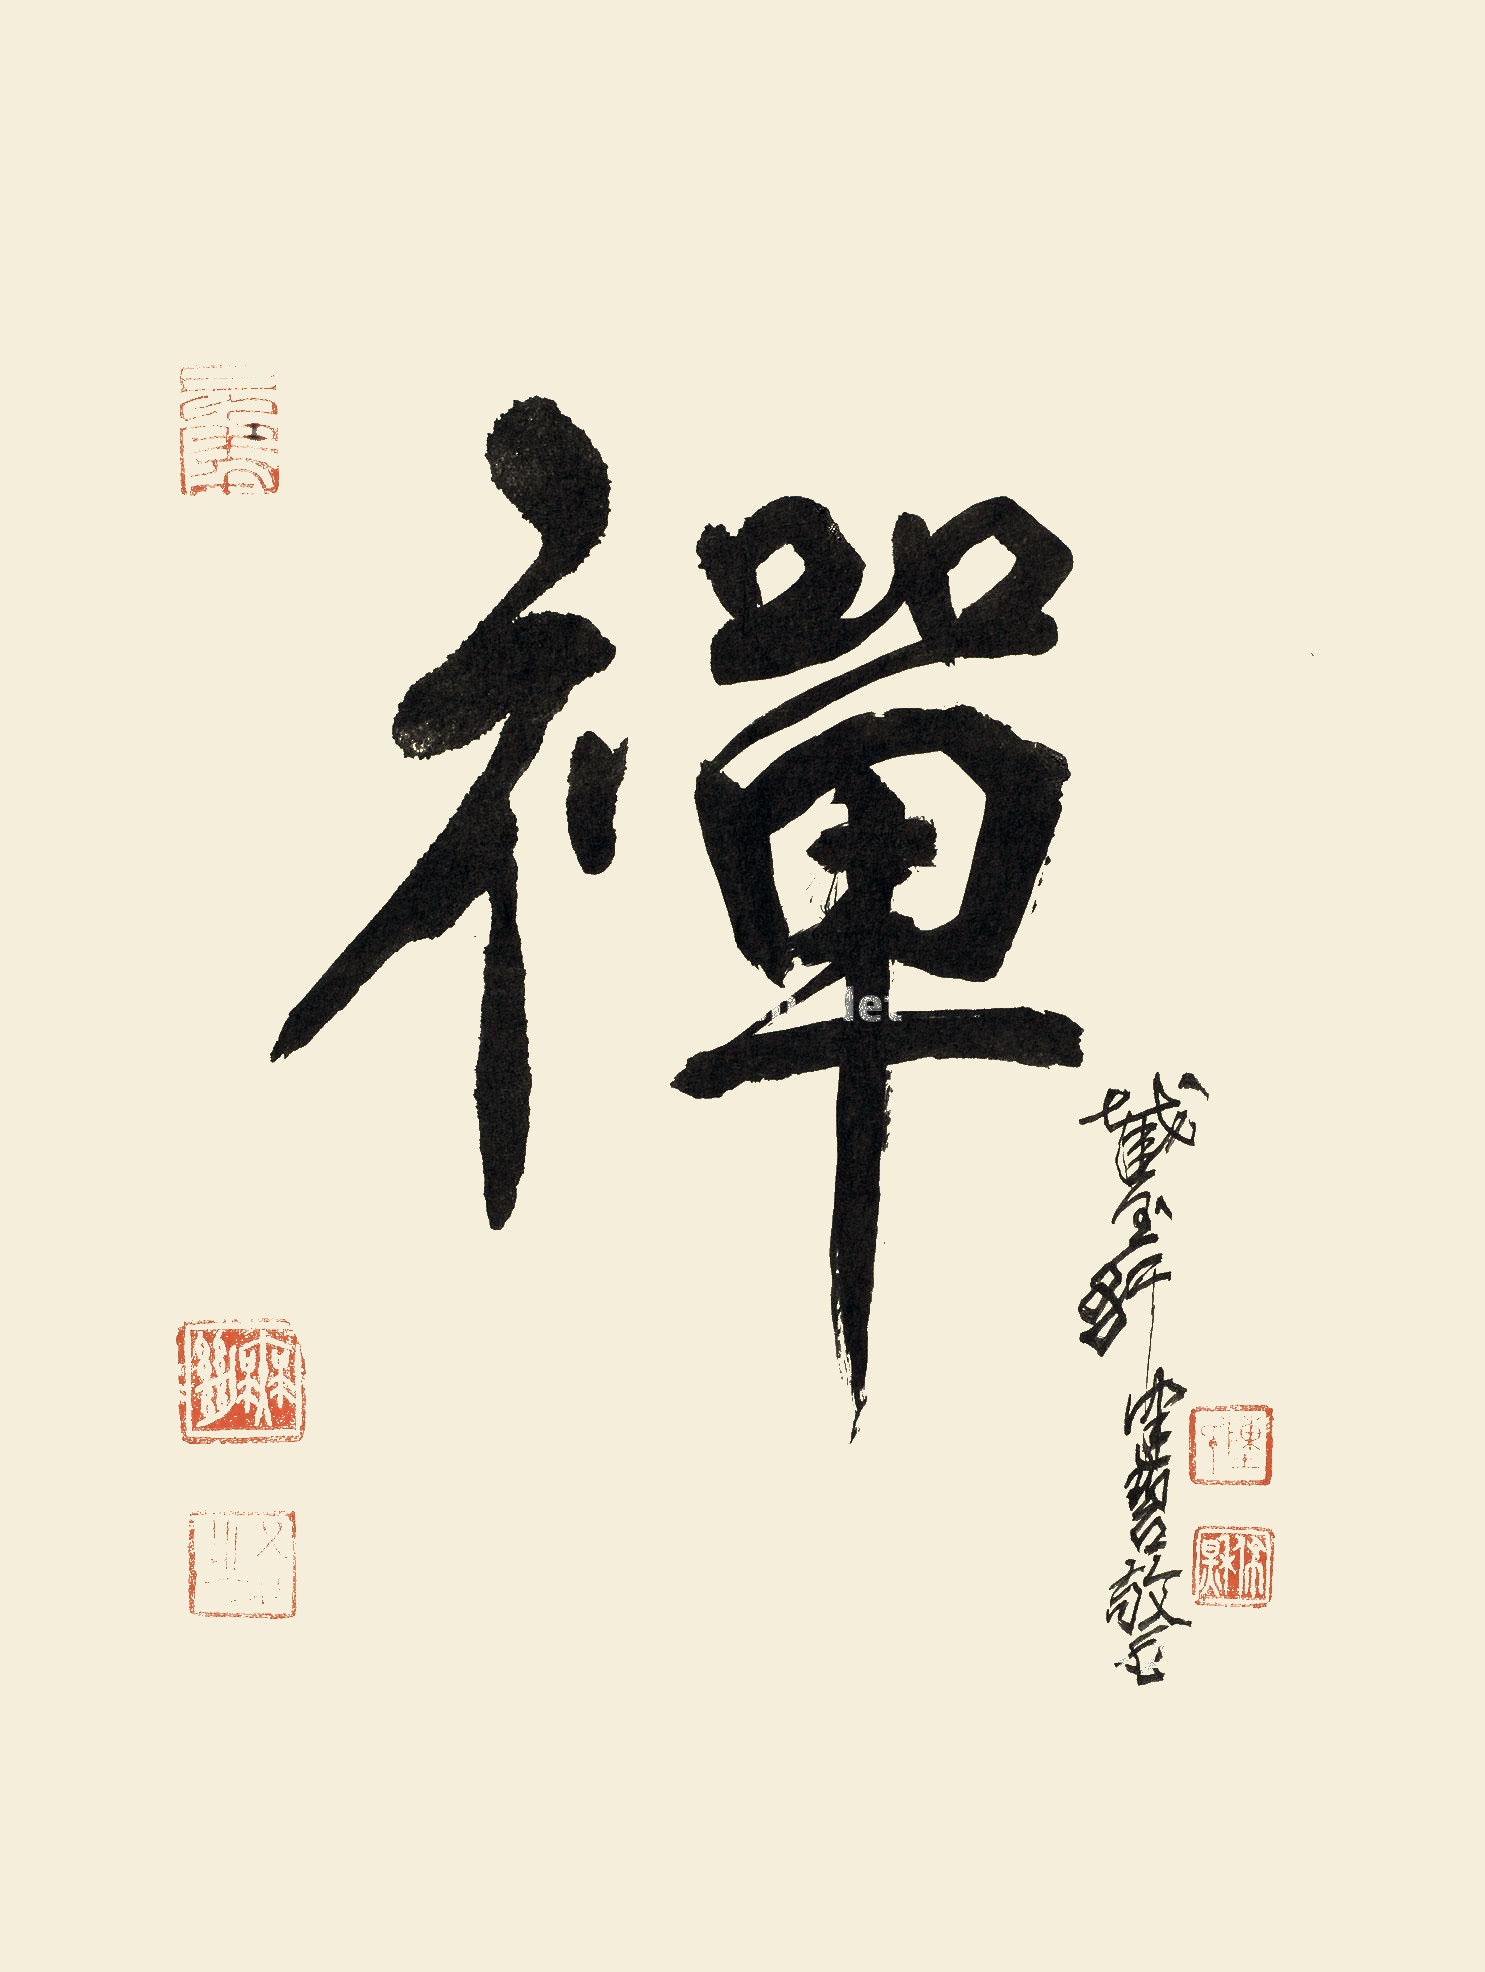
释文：禅。截玉轩，健碧敬书。